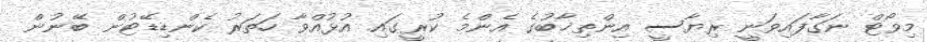
މިވޯޓް ނަގާފައިވަނީ ރިޔާސީ އިންތިޚާބުގެ އެންމެ ކުރީގައި އުޅުއްވާ ހަތަރު ކެންޑިޑޭޓުން ބޭނުން